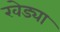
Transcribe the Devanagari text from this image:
खेड्या